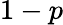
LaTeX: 1-p